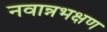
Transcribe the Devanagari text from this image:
नवान्नभक्षण